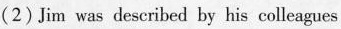
(2)Jim was described by his colleagues